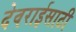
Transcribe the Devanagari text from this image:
देवराईसाठी